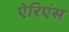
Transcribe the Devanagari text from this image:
ऐरिएंस